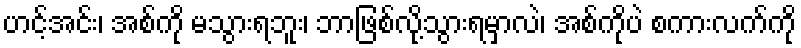
ဟင့်အင်း၊ အစ်ကို မသွားရဘူး၊ ဘာဖြစ်လို့သွားရမှာလဲ၊ အစ်ကိုပဲ စကားလက်ကို